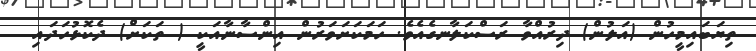
ތިޔަބައިމީހުން (އަލުން) ދިރުއްވާ ރަސްކަލާނގެއެވެ. ހަމަކަށަވަރުން އިންސާނާއަކީ ( ތަކަށް) ދެކޮޅުހަދައި